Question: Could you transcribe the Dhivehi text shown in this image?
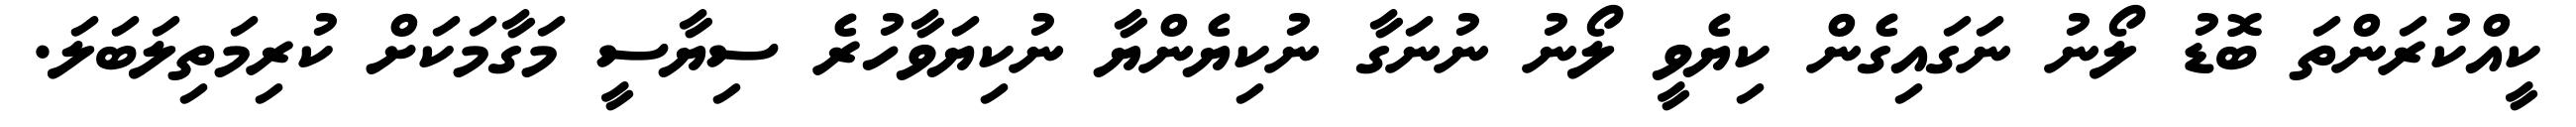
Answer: ކީއްކުރަންތަ ބޮޑު ލޯނު ނަގައިގެން ކިޔެވީ ލޯނު ނުނަގާ ނުކިޔެންޔާ ނުކިޔަވާހުރެ ސިޔާސީ މަގާމަކަށް ކުރިމަތިލަބަލަ.